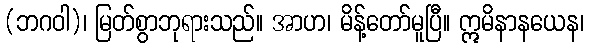
(ဘဂဝါ)၊ မြတ်စွာဘုရားသည်။ အာဟ၊ မိန့်တော်မူပြီ။ ဣမိနာနယေန၊